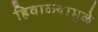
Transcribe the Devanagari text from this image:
हिवाळ्यामुळे